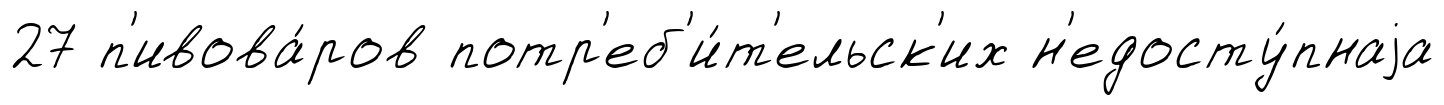
27 п'ивова́ров потр'еб'и́т'ельск'их н'едосту́пнаjа